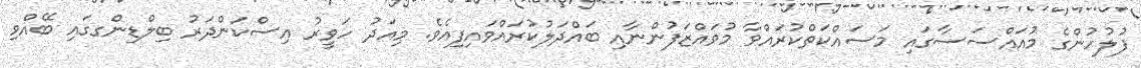
ފުލުހުންގެ މުއައްސަސާގައި މަސައްކަތްކުރައްވާ މުވައްޒަފުންނާއި ބައްދަލުކުރައްވައިފިއެވެ. މިއަދު ހަވީރު އިސްކަންދަރު ބިލްޑިންގގައި ބޭއްވި